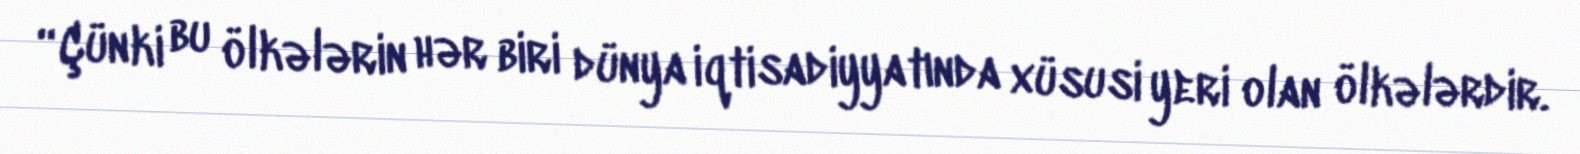
“Çünki bu ölkələrin hər biri dünya iqtisadiyyatında xüsusi yeri olan ölkələrdir.